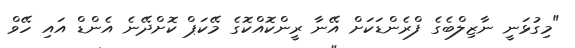
"މިގުޅަނީ ނާޒިލްބެގެ ފްރެންޑަކަށް އޭނާ ރީންކޮއްކޮގެ މޭކަޕް ކޮށްދޭނެ އެންޑް އައި ހޭވް